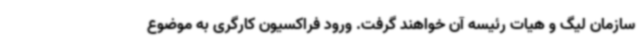
سازمان لیگ و هیات رئیسه آن خواهند گرفت. ورود فراکسیون کارگری به موضوع